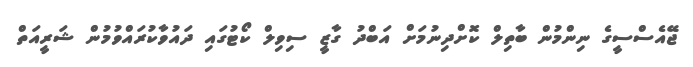
ޖޭއެސްސީގެ ނިންމުން ބާތިލް ކޮށްދިނުމަށް އަބްދު ގާޒީ ސިވިލް ކޯޓުގައި ދައުވާކުރައްވުމުން ޝަރީއަތް